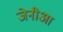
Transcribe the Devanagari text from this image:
जेनीआ